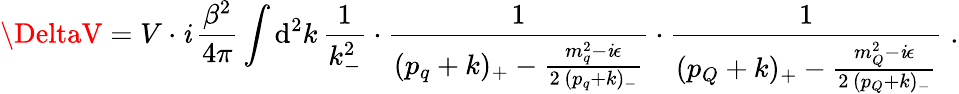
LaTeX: \DeltaV=V\cdot\mathit{i}\, \frac{{\beta^{2}}}{{4\pi}}\int\mathrm{{d}}^{2}k\, \frac{{1}}{{k_{-}^{2}}}\cdot\frac{{1}}{{(p_{q}+k)_{+}-\frac{{m_{q}^{2}-\mathit{i}\epsilon}}{{2\, (p_{q}+k)_{-}}}}}\cdot\frac{{1}}{{(p_{Q}+k)_{+}-\frac{{m_{Q}^{2}-\mathit{i}\epsilon}}{{2\, (p_{Q}+k)_{-}}}}}\; .